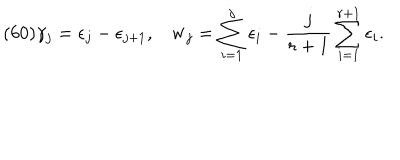
LaTeX: ( 6 0 ) \gamma _ { j } = \epsilon _ { j } - \epsilon _ { j + 1 } , { \bf w } _ { j } = \sum _ { i = 1 } ^ { j } \epsilon _ { i } - \frac { j } { r + 1 } \sum _ { i = 1 } ^ { r + 1 } \epsilon _ { i } .